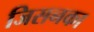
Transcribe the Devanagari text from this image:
जिसनका